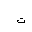
Letter: _ta